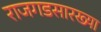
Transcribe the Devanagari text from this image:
राजगडसारख्या